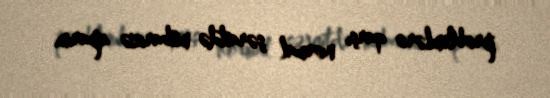
problemlərə qarşı normal şəraitdə mübarizə aparım.